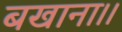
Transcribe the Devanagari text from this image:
बखाना।।